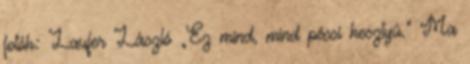
fotók: Laufer László „Ez mind, mind pécsi kesztyû.” Ma